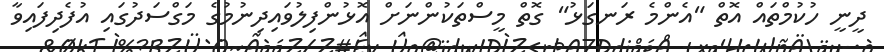
ދީނީ ހުކުމްތައް އޮތް "އެންމެ ރަނގަޅު" ގޮތް މީސްތަކުންނަށް އޮޅުންފިލުވައިދިނުމުގެ މަގްސަދުގައި އުފެދިފައިވާ